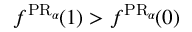
f ^ { \operatorname { P R } _ { \alpha } \! } ( 1 ) > f ^ { \operatorname { P R } _ { \alpha } \! } ( 0 )